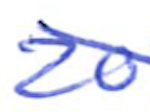
Text: 20
Cross-out: mix
Writing tool: ballpoint